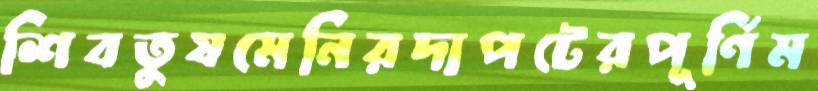
শিবতুষমেনিরদাপটেরপূর্ণিম